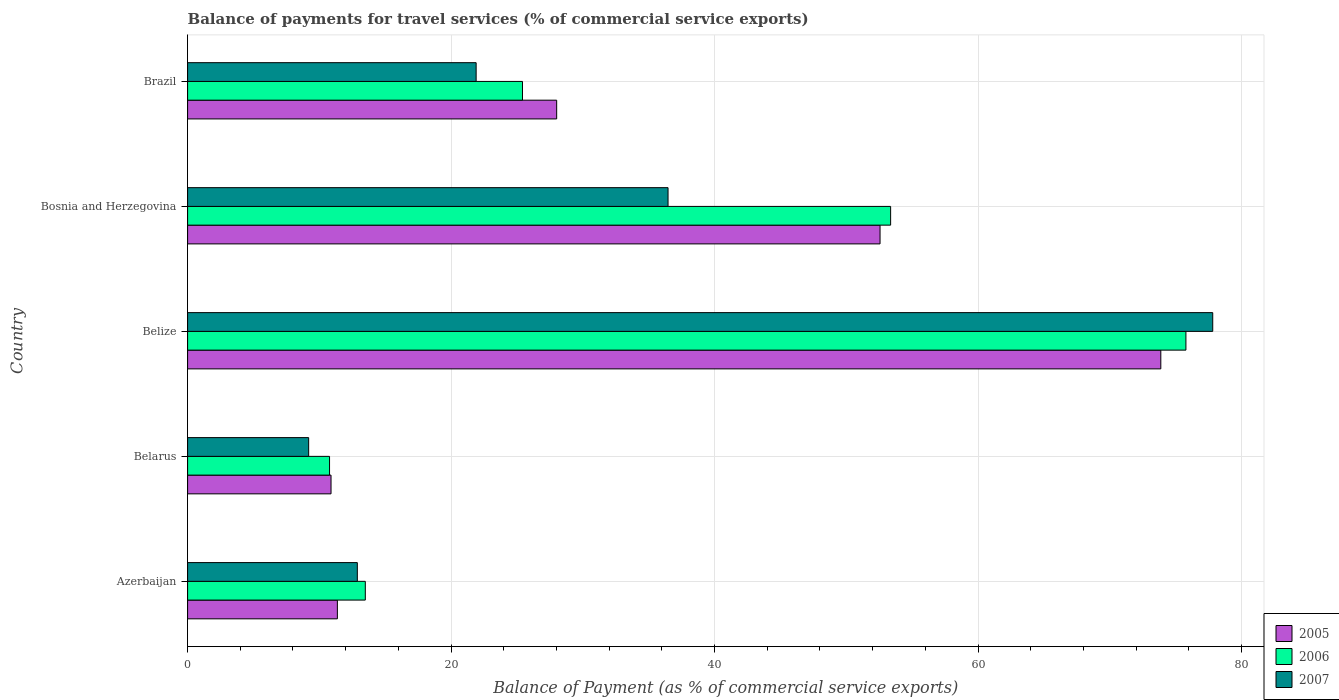
| Country | 2005 | 2006 | 2007 |
 | --- | --- | --- | --- |
 | Azerbaijan | 11.4 | 13.5 | 12.9 |
 | Belarus | 10.9 | 10.8 | 9.19 |
 | Belize | 73.9 | 75.8 | 77.8 |
 | Bosnia and Herzegovina | 52.6 | 53.4 | 36.5 |
 | Brazil | 28 | 25.4 | 21.9 |